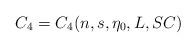
LaTeX: \begin{align*}C_4=C_4(n,s,\eta_0,L,SC) \end{align*}